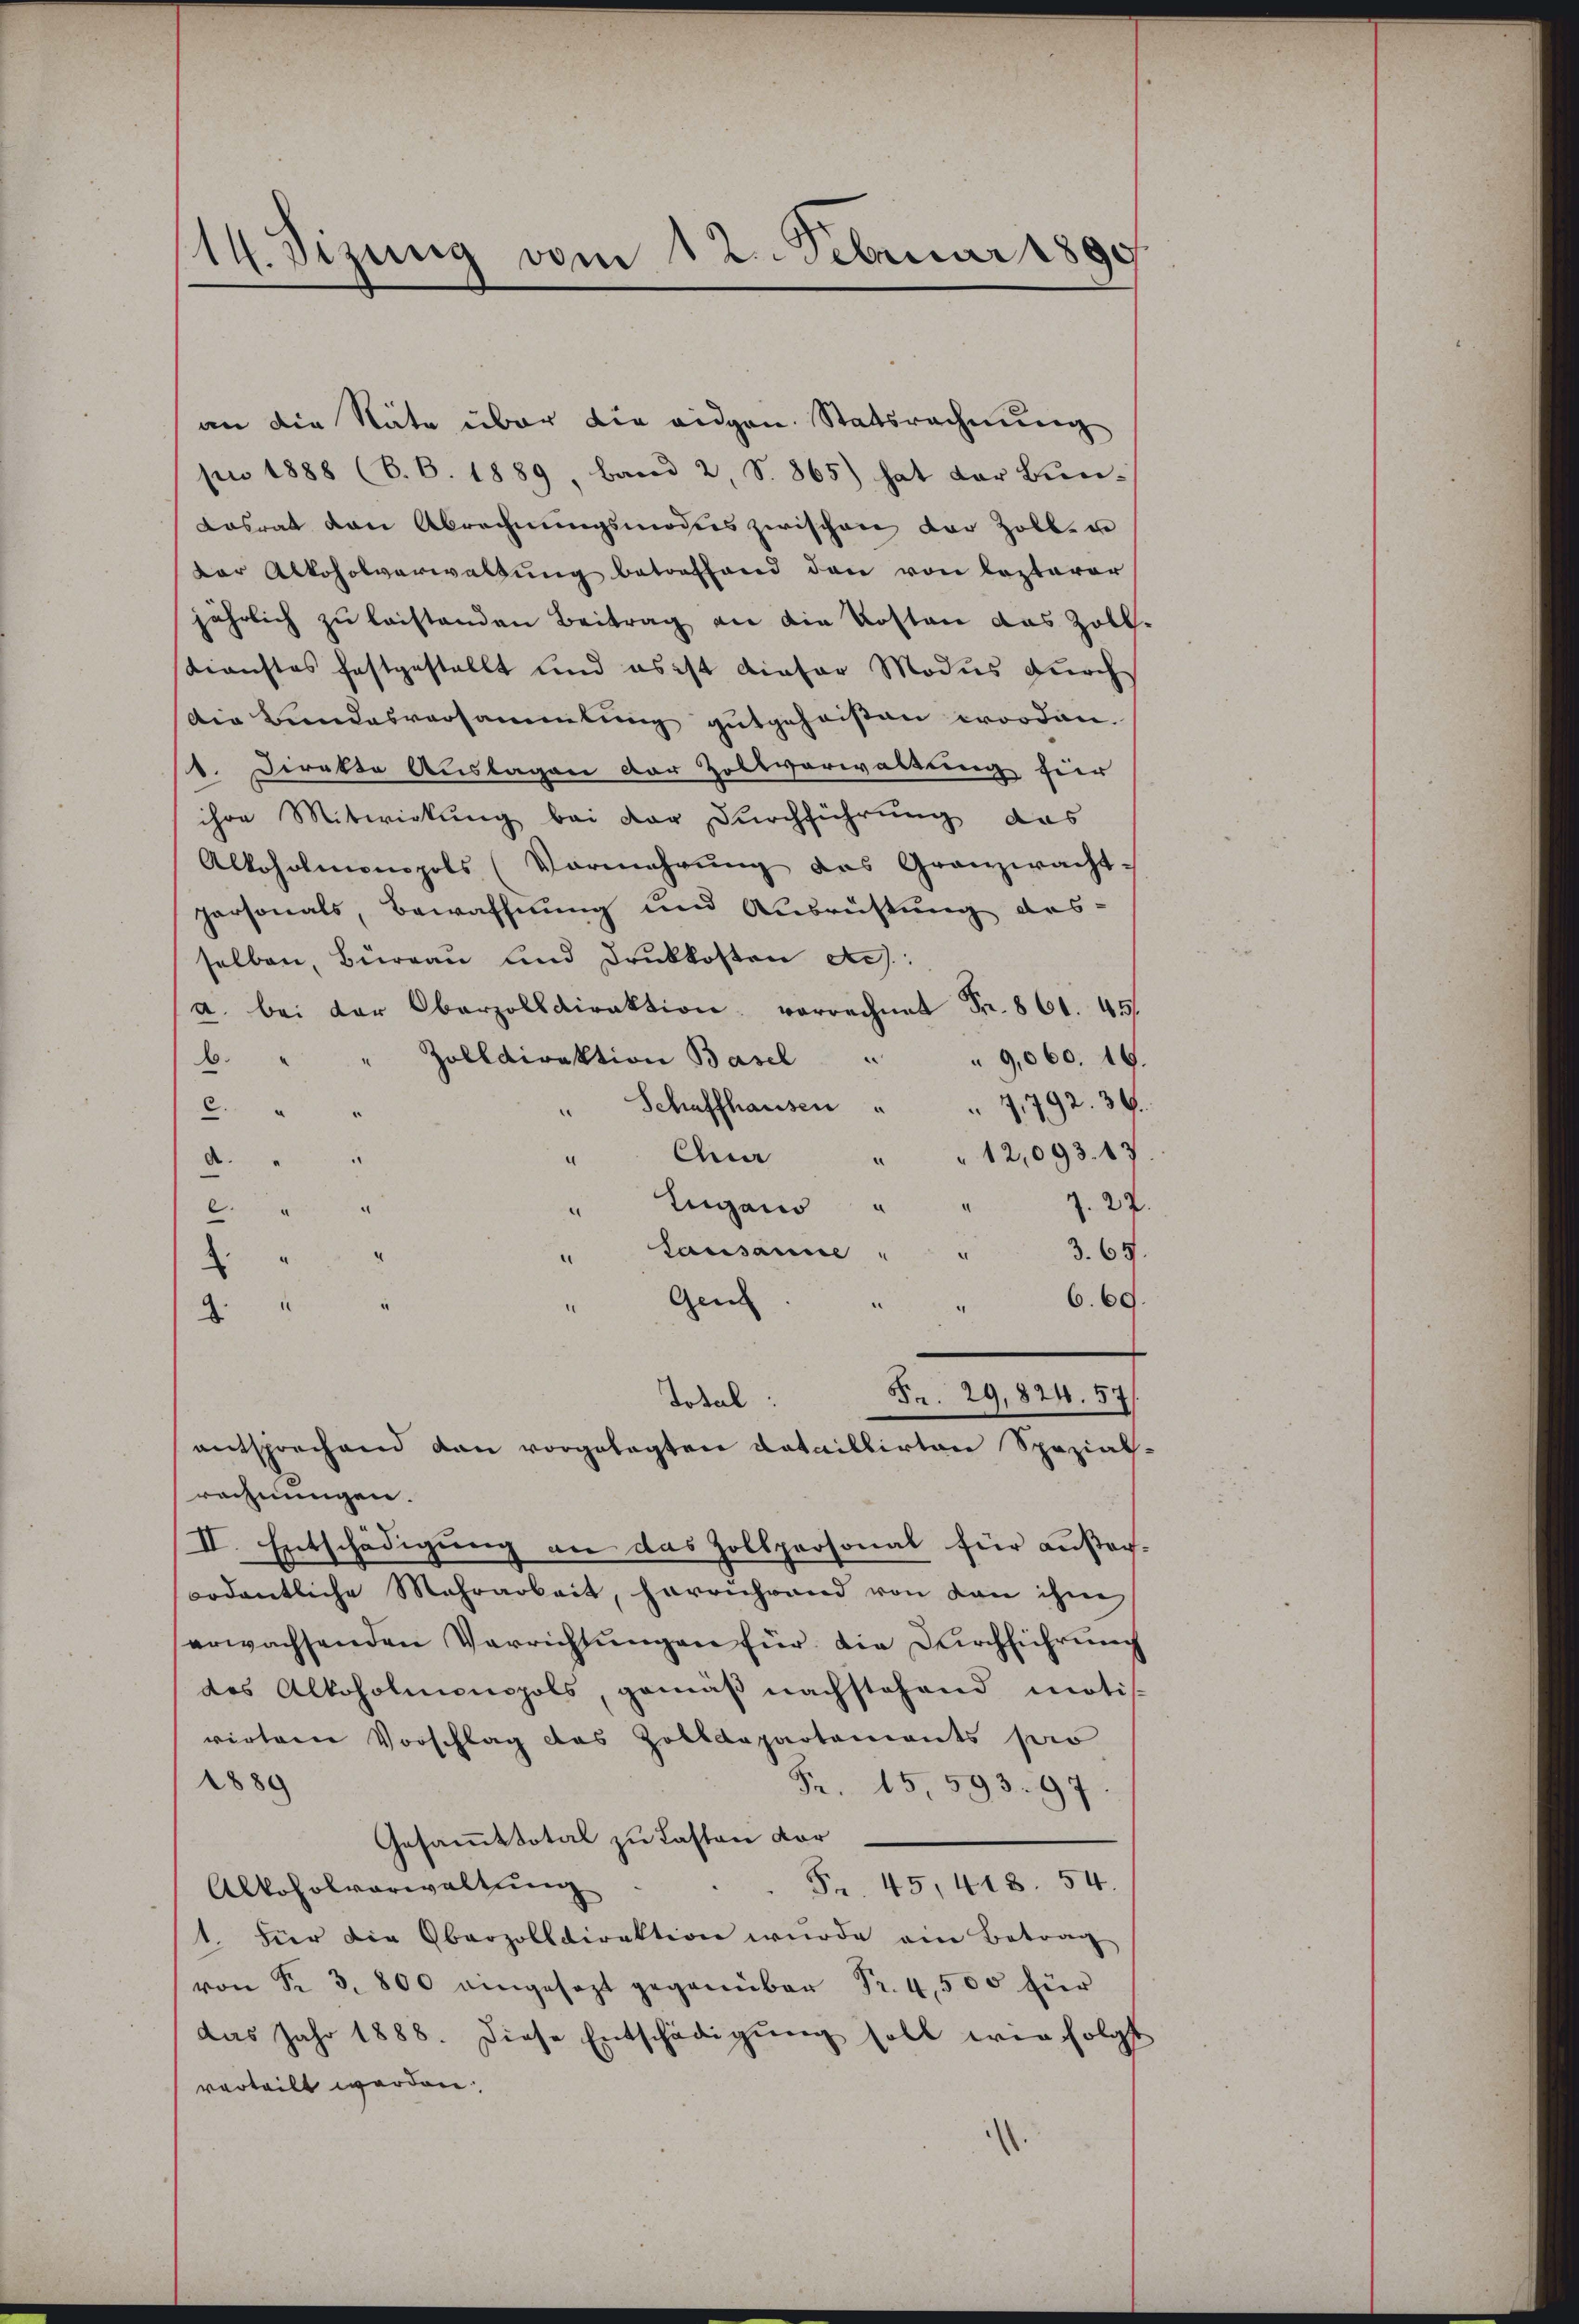
14. Sizung vom 12. Februar 1890

an die Näte über die eidgen. Statsrechnung
pn 1888 (S. B. 1889, Band 2, S. 865) hat der Bun¬
Lasrat den Abrechnŭngsmodies zwischen der Zollen
der Alkoholverwaltŭng betreffend den von lezterer
jährlich zu leistenden Beitrag an die Kosten das Zoll,
Kienstes festgestellt und es ist dieser Modus dŭrch
Die Bundesversammlung gutgeheißen worden.
1. Direkte Auslagen der Zollverwaltung für
ihre Mitwirkung bei der Durchführung das
Alkoholmonopols (Vermehrŭng des Granzwacht-
personals, Bewaffnung und Ausrüstung des-
selben, Büreau und Druckkosten des
(a. bei der Oberzolldirektion vorrechnet Fr. 861. 45.
Zolldirektion Basel
9,060. 16.
b.
Schaffhausen . . 71792. 36.
c.
"12,093. 17
Ana
d.
Lugano
J. 27
u
d
.
Lausanne
3.65
Gen
669.
4
8
2.
Fr. 29,824. 57
Total
entsprechend dan vorgelegten Cataillirten Spezial-
rechnungen.
II. Entschädigung an das Zollpersonal für außer
ordentliche Mehrarbeit, herrchrand von dan ihm
erwachsenden Verrichtungen für die Durchführung
des Alkoholmonopols, gemäß nachstehend motis-
verterer Vorschlag des Zolldepartements pro
2880
Fr. 15,593. 97
Gesammttotal zu Lasten vor
Fr. 45, 418. 54
Alkoholverwaltung
1. hier die Oberzolldirektion wurde ein Betrag
von Fr. 3. 800 eingesezt gegenüber Fr. 4,500 für
das Jahr 1888. Diese Entschädigŭng soll wir folgt
verteilt werden.